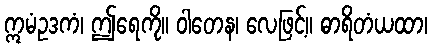
ဣမံဥဒကံ၊ ဤရေကို။ ဝါတေန၊ လေဖြင့်။ ဓာရိတံယထာ၊